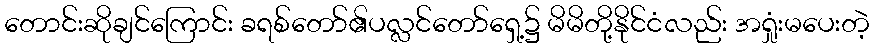
တောင်းဆိုချင်ကြောင်း ခရစ်တော်၏ပလ္လင်တော်ရှေ့၌ မိမိတို့နိုင်ငံလည်း အရှုံးမပေးတဲ့